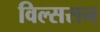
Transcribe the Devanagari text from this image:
विल्ससन